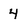
Character: 4